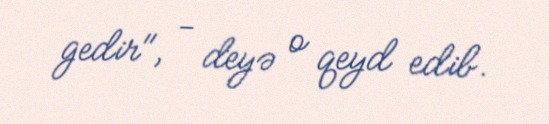
gedir", - deyə o qeyd edib.